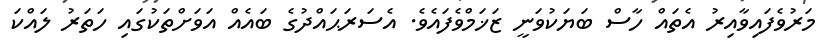
މަރުވެފައިވާއިރު އެތައް ހާސް ބަޔަކުވަނީ ޒަޚަމްވެފައެވެ. އެސަރަޙައްދުގެ ބައެއް އަވަށްތަކުގައި ހަތަރު ލައްކަ